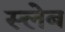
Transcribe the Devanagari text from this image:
स्लेब